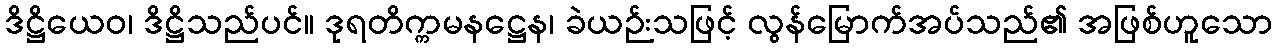
ဒိဋ္ဌိယေဝ၊ ဒိဋ္ဌိသည်ပင်။ ဒုရတိက္ကမနဋ္ဌေန၊ ခဲယဉ်းသဖြင့် လွန်မြောက်အပ်သည်၏ အဖြစ်ဟူသော